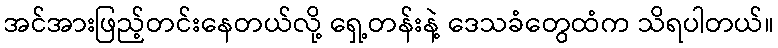
အင်အားဖြည့်တင်းနေတယ်လို့ ရှေ့တန်းနဲ့ ဒေသခံတွေထံက သိရပါတယ်။